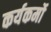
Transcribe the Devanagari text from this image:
कर्यकर्मो